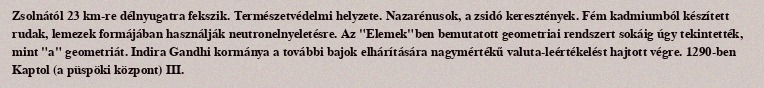
Zsolnától 23 km-re délnyugatra fekszik. Természetvédelmi helyzete. Nazarénusok, a zsidó keresztények. Fém kadmiumból készített rudak, lemezek formájában használják neutronelnyeletésre. Az "Elemek"ben bemutatott geometriai rendszert sokáig úgy tekintették, mint "a" geometriát. Indira Gandhi kormánya a további bajok elhárítására nagymértékű valuta-leértékelést hajtott végre. 1290-ben Kaptol (a püspöki központ) III.